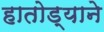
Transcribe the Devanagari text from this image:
हातोड्याने